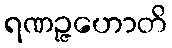
ရဏဉ္ဇဟောတိ